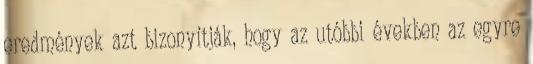
eredmények azt bizonyítják, hogy az utóbbi években az egyre